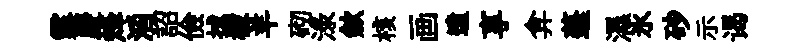
露慶烽滔詔儉捄檬羊砌渌歛核画遺享弇蓬濕氷砂示谒